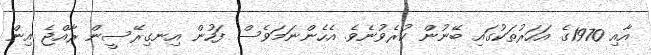
އާއި 1970ގެ އަހަރުތަކުގައި ބޭނުން ކުރެވުނެވެ. އެހެންނަމަވެސް ފަހުން އިނގިރޭސީން ރާއްޖެ އިން